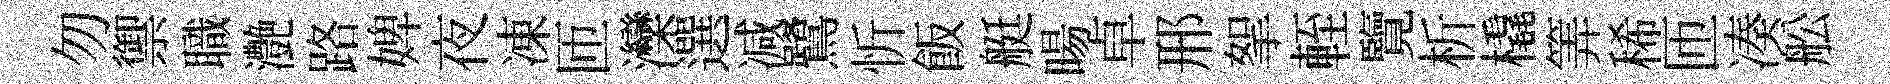
勿禦職灔路婢夜凍匝灤選减鷺忻飯艇暘卓邢挐輊覽析橇筭稀匝凑舩